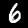
Label: 6